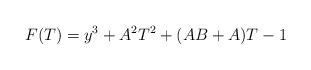
LaTeX: \begin{align*}F(T)=y^3 + A^2T^2 + (AB + A)T - 1\end{align*}